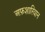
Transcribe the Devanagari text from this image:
अफ़शारियान